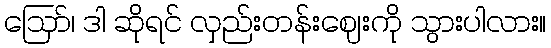
ဪ၊ ဒါ ဆိုရင် လှည်းတန်းဈေးကို သွားပါလား။